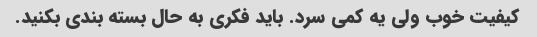
کیفیت خوب ولی یه کمی سرد. باید فکری به حال بسته بندی بکنید.